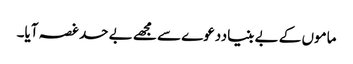
ماموں کے بے بنیاددعوے سے مجھے بے حد غصہ آیا۔